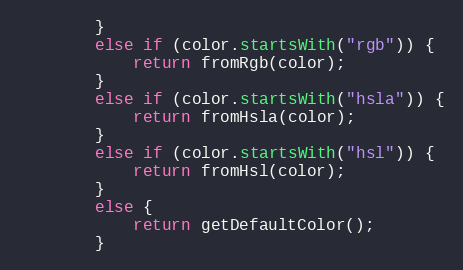
Language: Java
        }
        else if (color.startsWith("rgb")) {
            return fromRgb(color);
        }
        else if (color.startsWith("hsla")) {
            return fromHsla(color);
        }
        else if (color.startsWith("hsl")) {
            return fromHsl(color);
        }
        else {
            return getDefaultColor();
        }